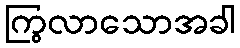
ကြွလာသောအခါ